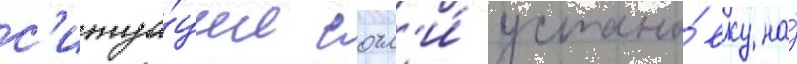
с'итуа́ции сочл'и́ устано́вку на́